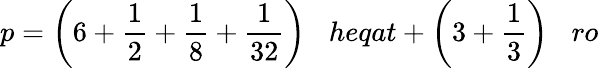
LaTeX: p={\bigg(}6+{\frac{1}{2}}+{\frac{1}{8}}+{\frac{1}{32}}{\bigg)}\; \; \; heqat+{\bigg(}3+{\frac{1}{3}}{\bigg)}\; \; \; ro